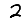
Digit: 2